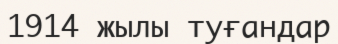
1914 жылы туғандар